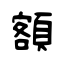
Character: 額